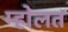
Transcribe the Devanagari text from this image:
म्होलत